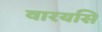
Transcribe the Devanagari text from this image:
वारयसि